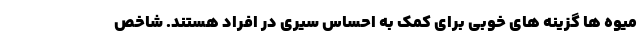
میوه ها گزینه های خوبی برای کمک به احساس سیری در افراد هستند. شاخص